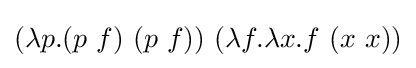
(\lambda p.(p\ f)\ (p\ f))\ (\lambda f.\lambda x.f\ (x\ x))